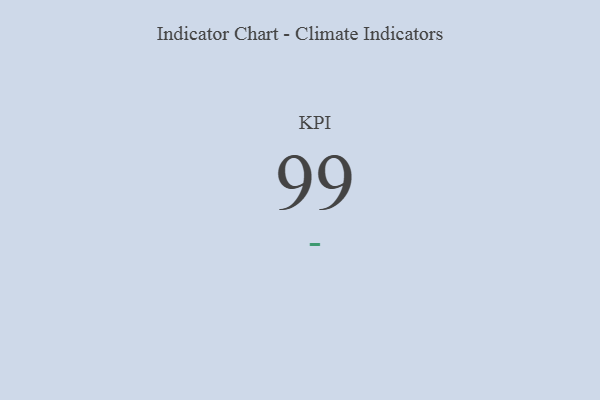
{"axis": {"x": "KPI", "y": "Value"}, "legend": [""], "data": [{"x": "KPI", "y": 99, "type": ""}]}